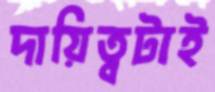
দায়িত্বটাই